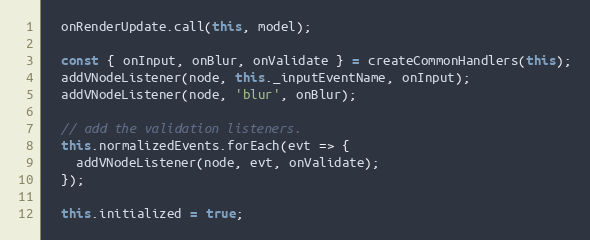
Language: JavaScript
  onRenderUpdate.call(this, model);

  const { onInput, onBlur, onValidate } = createCommonHandlers(this);
  addVNodeListener(node, this._inputEventName, onInput);
  addVNodeListener(node, 'blur', onBlur);

  // add the validation listeners.
  this.normalizedEvents.forEach(evt => {
    addVNodeListener(node, evt, onValidate);
  });

  this.initialized = true;